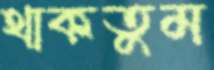
থাকতুম